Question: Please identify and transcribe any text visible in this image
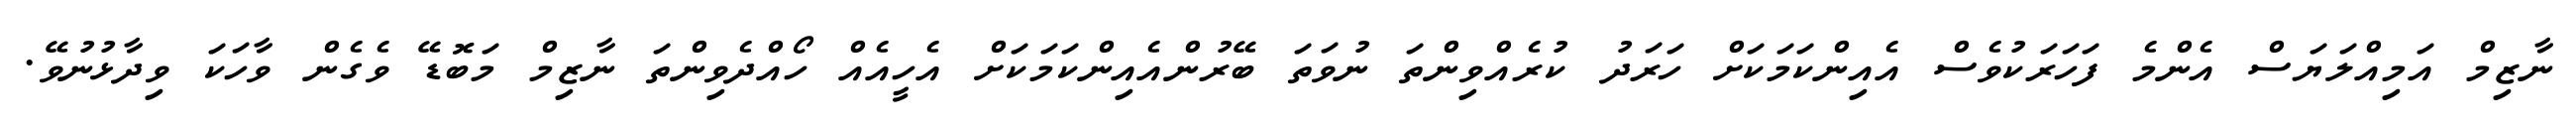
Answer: ނާޒިމް އަމިއްލަޔަސް އެންމެ ފަހަރަކުވެސް އެއިންކަމަކަށް ހަރަދު ކުރެއްވިންތަ ނުވަތަ ބޭރުންއެއިންކަމަކަށް އެހީއެއް ހޯއްދެވިންތަ ނާޒިމް މަބޮޑޭ ވެގެން ވާހަކަ ވިދާޅުނުވޭ.